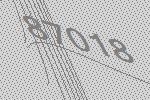
87018